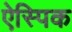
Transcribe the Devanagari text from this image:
ऐस्पिक